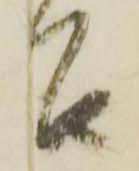
召